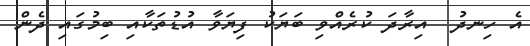
އެ ހިނދު  އިރާދަ ކުރެއްވި ބަޔަކު ފިޔަވާ އުޑުތަކާއި ބިމުގައި ދެން